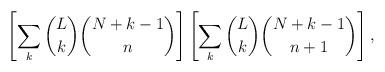
LaTeX: \begin{align*}\left[ \sum_k \binom{L}{k} \binom{N+k-1}{n} \right]\left[ \sum_k \binom{L}{k} \binom{N+k-1}{n+1} \right],\end{align*}